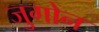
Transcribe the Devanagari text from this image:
जुगोन